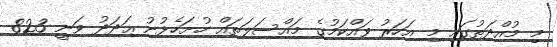
މި މުއްދަތުގައި މި އަހަރު ވައްކަމުގެ މައްސަލަތައް ހުށަހެޅުނު ޢަދަދު ވަނީ 823